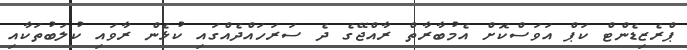
ޕްރެޒިޑެންޓް ކަޕް އަވަސްކޮށް އެމުބާރާތް ރާއްޖޭގެ ދެ ސަރަހައްދެއްގައި ކުޅެން ރާވައި ކުލަބުތަކާއި